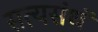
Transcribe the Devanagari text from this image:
सत्यसंधं